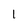
Character: 1